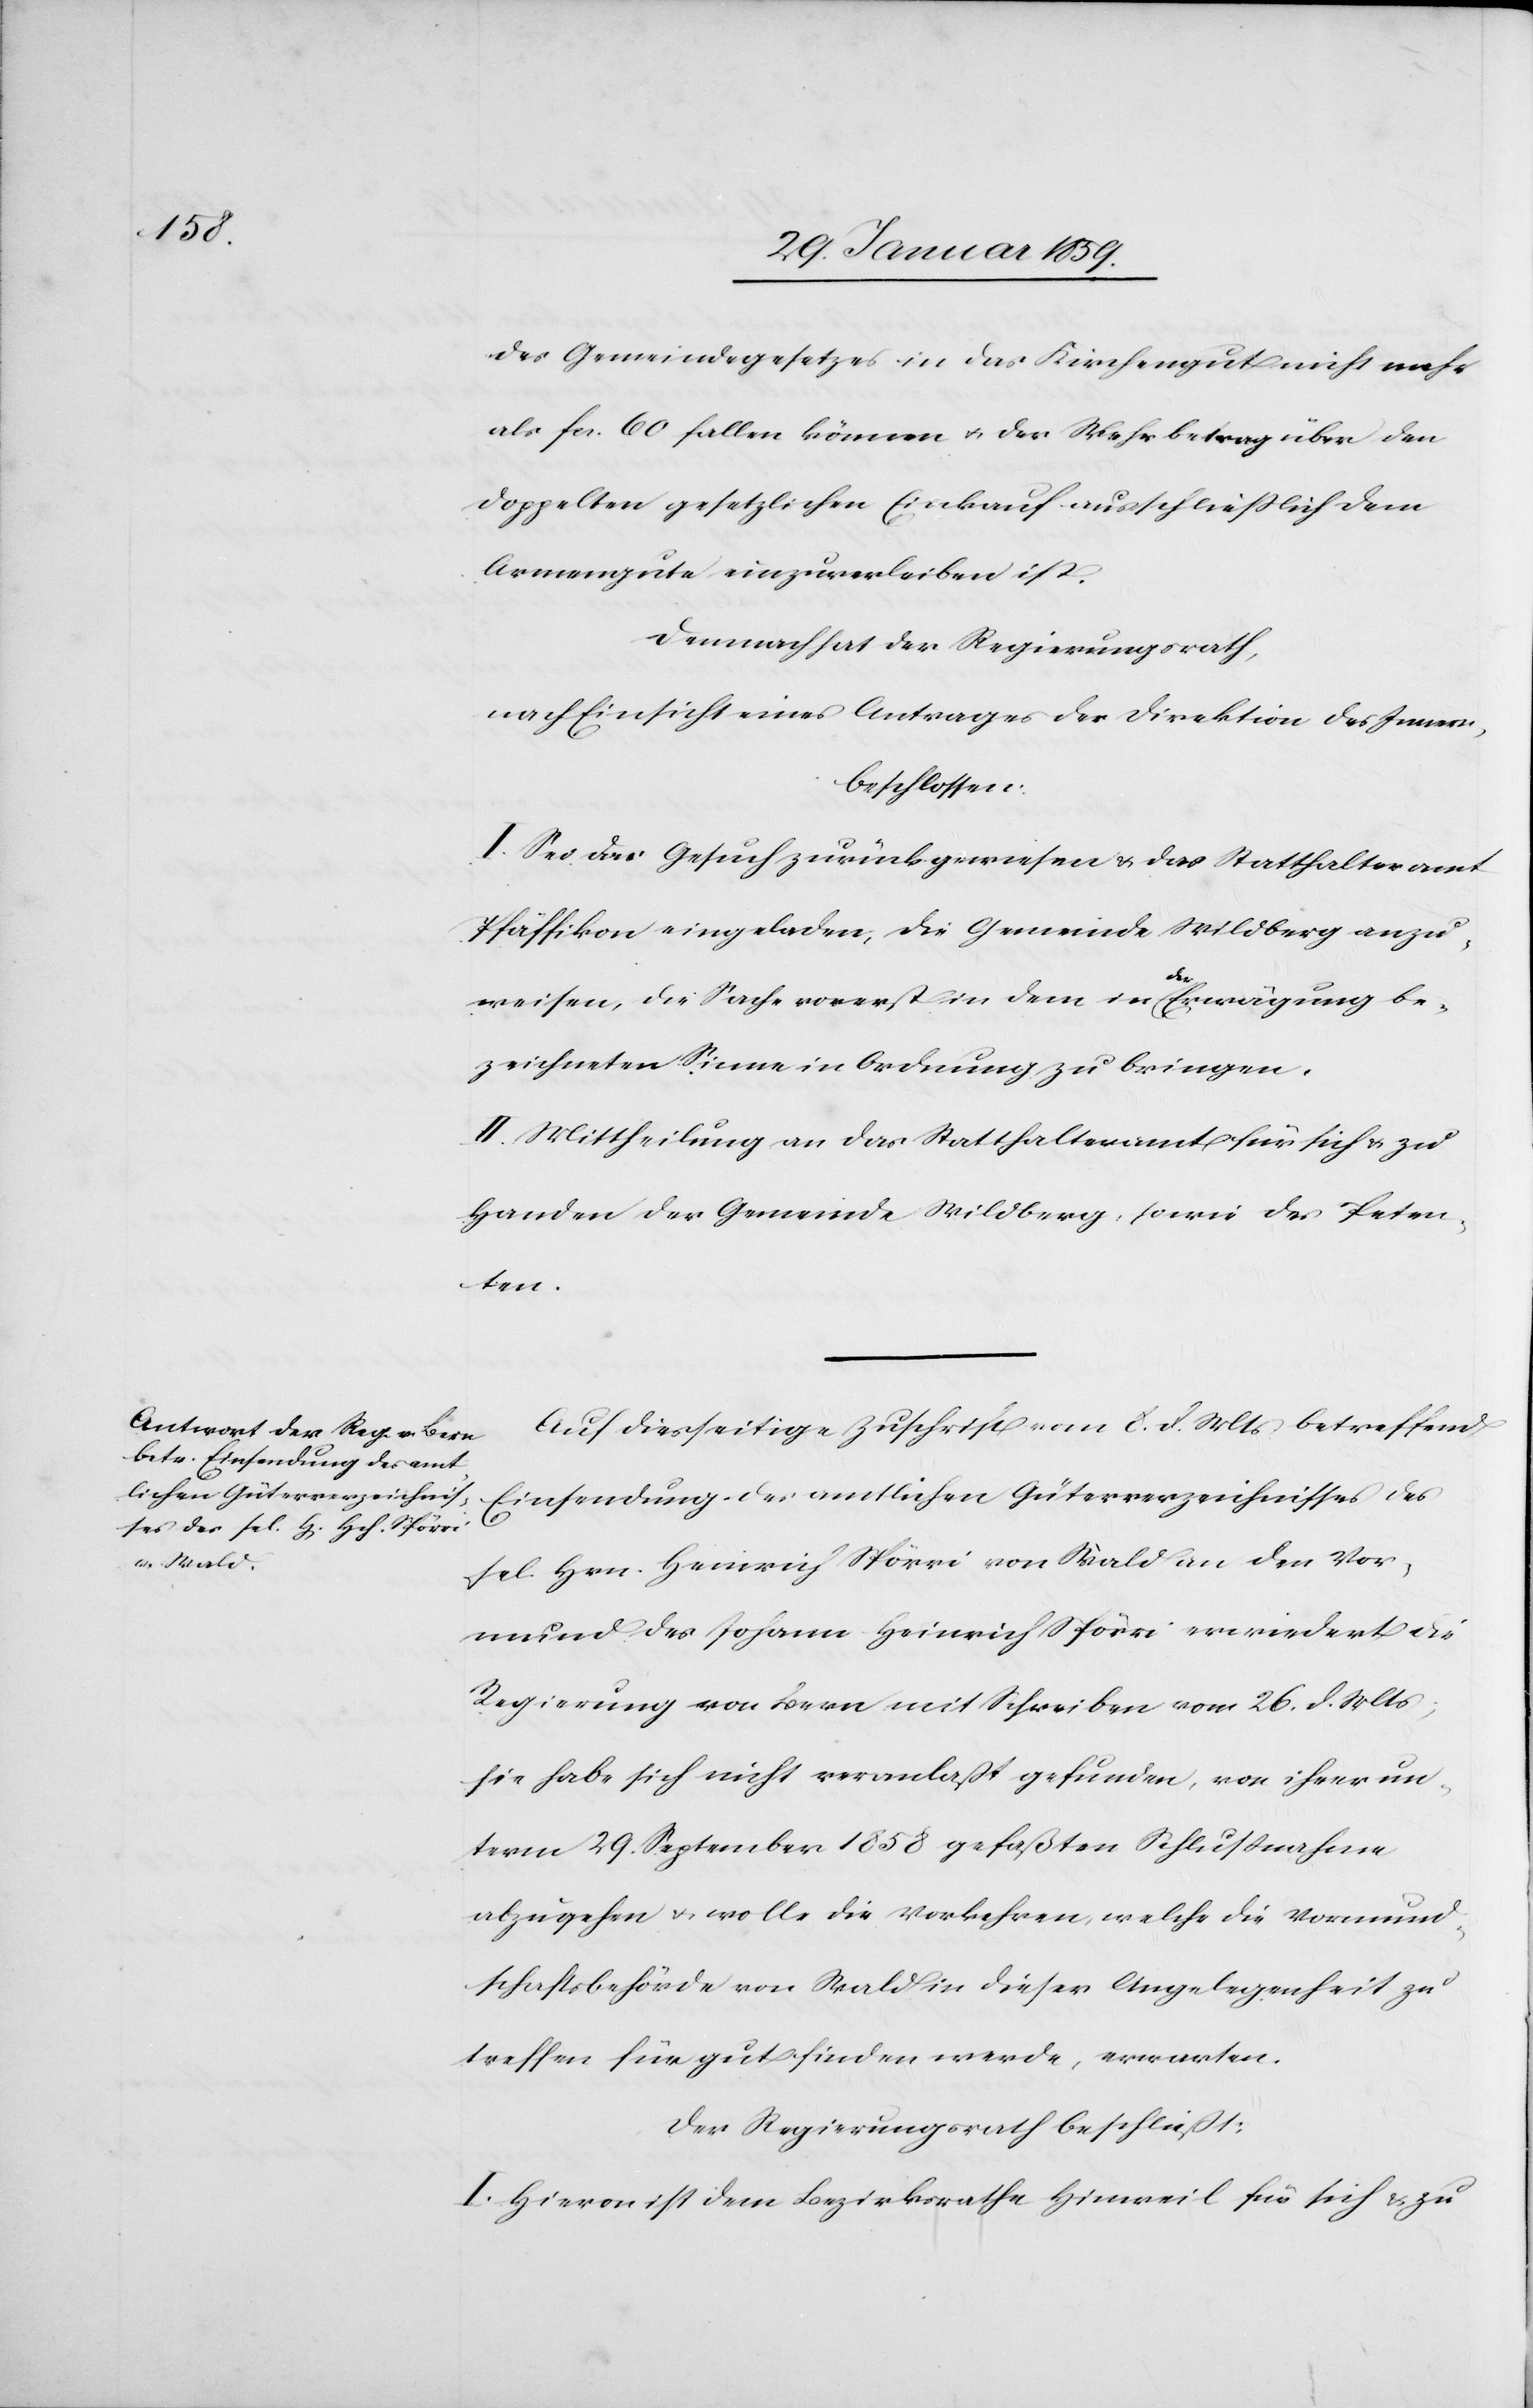
des Gemeindegesetzes in das Kirchengut nicht mehr
als fcs. 60 fallen können u. der Mehrbetrag über den
doppelten gesetzlichen Einkauf ausschließlich dem
Armengute einzuverleiben ist.
Demnach hat der Regierungsrath,
nach Einsicht eines Antrages der Direktion des Innern,
beschlossen:
I Sei das Gesuch zurückzuweisen & das Statthalteramt
Pfäffikon eingeladen, die Gemeinde Wildberg anzu¬
weisen, die Sache vorerst in dem in der Erwägung be¬
zeichneten Sinne in Ordnung zu bringen.
II Mittheilung an das Statthalteramt für sich & zu
Handen der Gemeinde Wildberg, sowie des Peten¬
ten.
Auf diesseitige Zuschrift vom 8. d. Mts betreffend
Einsendung des amtlichen Güterverzeichnisses des
sel. Hrn. Heinrich Spörri von Wald an den Vor¬
mund des Johann Heinrich Spörri erwiedert die
Regierung von Bern mit Schreiben vom 26. d. Mts;
sie habe sich nicht veranlaßt gefunden, von ihrer un¬
term 29. September 1858 gefußten Schlußnahme
abzugehen u. wolle die Vorkehren, welche die Vormund¬
schaftsbehörde von Wald in dieser Angelegenheit zu
treffen für gut finden werde, erwarten.
Der Regierungsrath beschließt:
I. Hievon ist dem Bezirksrathe Hinweil für sich & zu